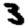
Digit: 3